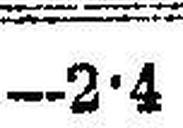
—2•4